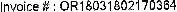
INVOICE # : OR18031802170364